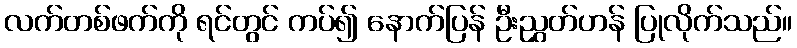
လက်တစ်ဖက်ကို ရင်တွင် ကပ်၍ နောက်ပြန် ဦးညွှတ်ဟန် ပြုလိုက်သည်။